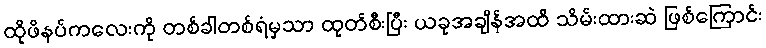
ထိုဖိနပ်ကလေးကို တစ်ခါတစ်ရံမှသာ ထုတ်စီးပြီး ယခုအချိန်အထိ သိမ်းထားဆဲ ဖြစ်ကြောင်း